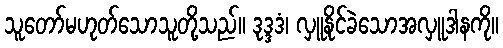
သူတော်မဟုတ်သောသူတို့သည်။ ဒုဒ္ဒဒံ၊ လှူနိုင်ခဲသောအလှူဒါနကို။